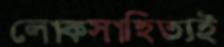
লোকসাহিত্যই